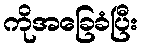
ကိုအခြေခံပြီး